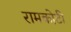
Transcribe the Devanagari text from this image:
रामकोटी